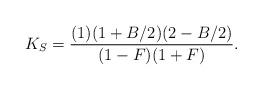
LaTeX: \begin{align*}K_S=\frac{(1)(1+B/2)(2-B/2)}{(1-F)(1+F)}.\end{align*}